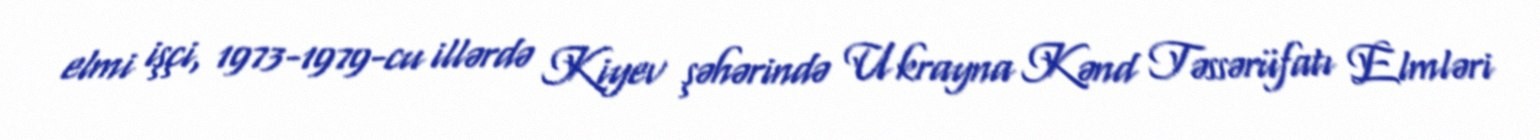
elmi işçi, 1973-1979-cu illərdə Kiyev şəhərində Ukrayna Kənd Təssərüfatı Elmləri